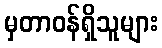
မှတာဝန်ရှိသူများ